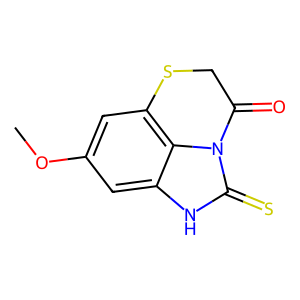
SMILES: COc1cc2c3c(c1)[nH]c(=S)n3C(=O)CS2
Inhibits HIV replication: No